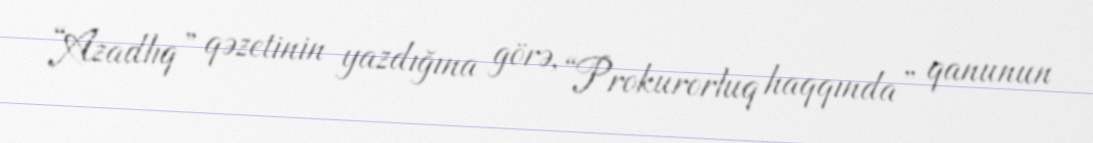
“Azadlıq” qəzetinin yazdığına görə, “Prokurorluq haqqında” qanunun